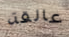
عالقة